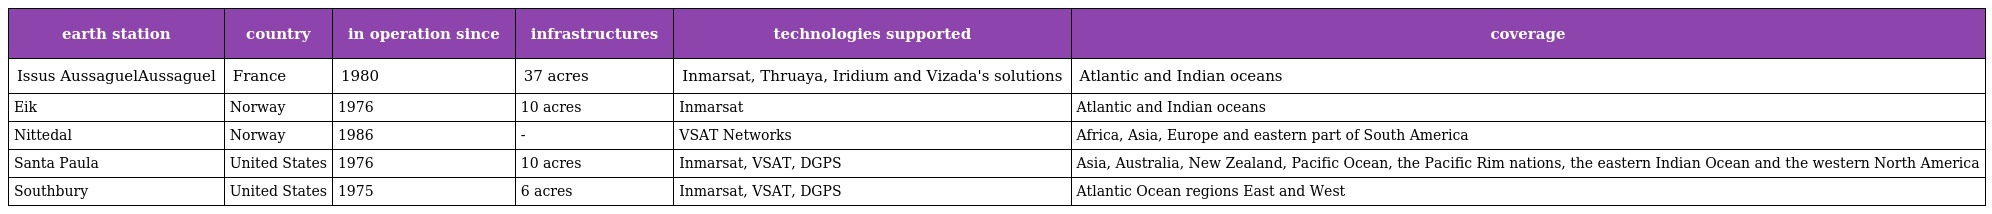
| earth station | country | in operation since | infrastructures | technologies supported | coverage |
 | --- | --- | --- | --- | --- | --- |
 | Issus AussaguelAussaguel | France | 1980 | 37 acres | Inmarsat, Thruaya, Iridium and Vizada's solutions | Atlantic and Indian oceans |
 | Eik | Norway | 1976 | 10 acres | Inmarsat | Atlantic and Indian oceans |
 | Nittedal | Norway | 1986 | - | VSAT Networks | Africa, Asia, Europe and eastern part of South America |
 | Santa Paula | United States | 1976 | 10 acres | Inmarsat, VSAT, DGPS | Asia, Australia, New Zealand, Pacific Ocean, the Pacific Rim nations, the eastern Indian Ocean and the western North America |
 | Southbury | United States | 1975 | 6 acres | Inmarsat, VSAT, DGPS | Atlantic Ocean regions East and West |